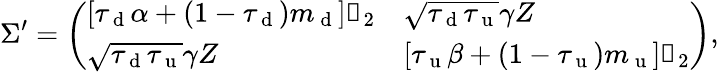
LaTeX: \Sigma^{\prime}=\left(\begin{array}{ll}{\left[\tau_{\mathrm{~d~}}\alpha+(1-\tau_{\mathrm{~d~}})m_{\mathrm{~d~}}\right]\mathbb{1}_{2}}&{\sqrt{\tau_{\mathrm{~d~}}\tau_{\mathrm{~u~}}}\gamma Z}\\ {\sqrt{\tau_{\mathrm{~d~}}\tau_{\mathrm{~u~}}}\gamma Z}&{\left[\tau_{\mathrm{~u~}}\beta+\left(1-\tau_{\mathrm{~u~}}\right)m_{\mathrm{~u~}}\right]\mathbb{1}_{2}}\end{array}\right),